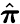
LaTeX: \hat{\boldsymbol\pi}